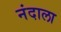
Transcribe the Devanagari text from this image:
नंदाला